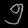
Digit: ၅